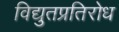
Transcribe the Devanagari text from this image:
विद्युतप्रतिरोध